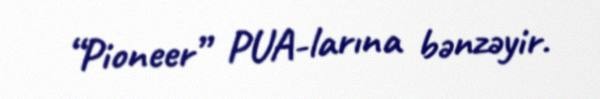
“Pioneer” PUA-larına bənzəyir.